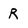
Character: R